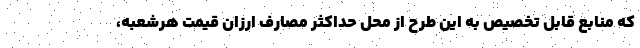
که منابع قابل تخصیص به این طرح از محل حداکثر مصارف ارزان قیمت هرشعبه،